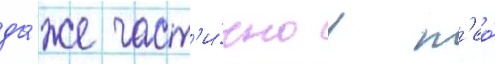
да́же част'и́чно в н'ео́